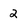
Character: 2